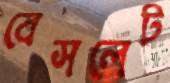
বেসলেট